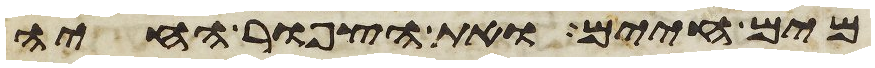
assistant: מים חיים ואת הצפור החיה